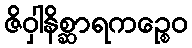
ဇိဝှါနိစ္ဆာရကဉ္စေဝ